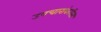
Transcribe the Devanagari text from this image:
उपचारांकरिता